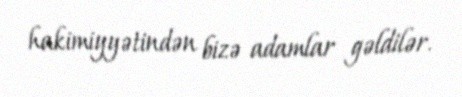
hakimiyyətindən bizə adamlar gəldilər.